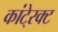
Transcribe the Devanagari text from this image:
कांटे्रक्ट